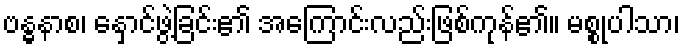
ဗန္ဓနာစ၊ နှောင်ဖွဲ့ခြင်း၏ အကြောင်းလည်းဖြစ်ကုန်၏။ မစ္စုပါသာ၊